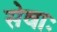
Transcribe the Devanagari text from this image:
सेवाः